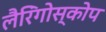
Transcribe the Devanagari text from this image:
लैरिंगोस्कोप